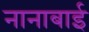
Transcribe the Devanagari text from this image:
नानाबाई